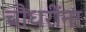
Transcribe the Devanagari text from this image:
चौधरींना